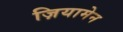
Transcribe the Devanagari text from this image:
ज़ियामेन